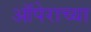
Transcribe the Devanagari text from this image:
ऑपेराच्या